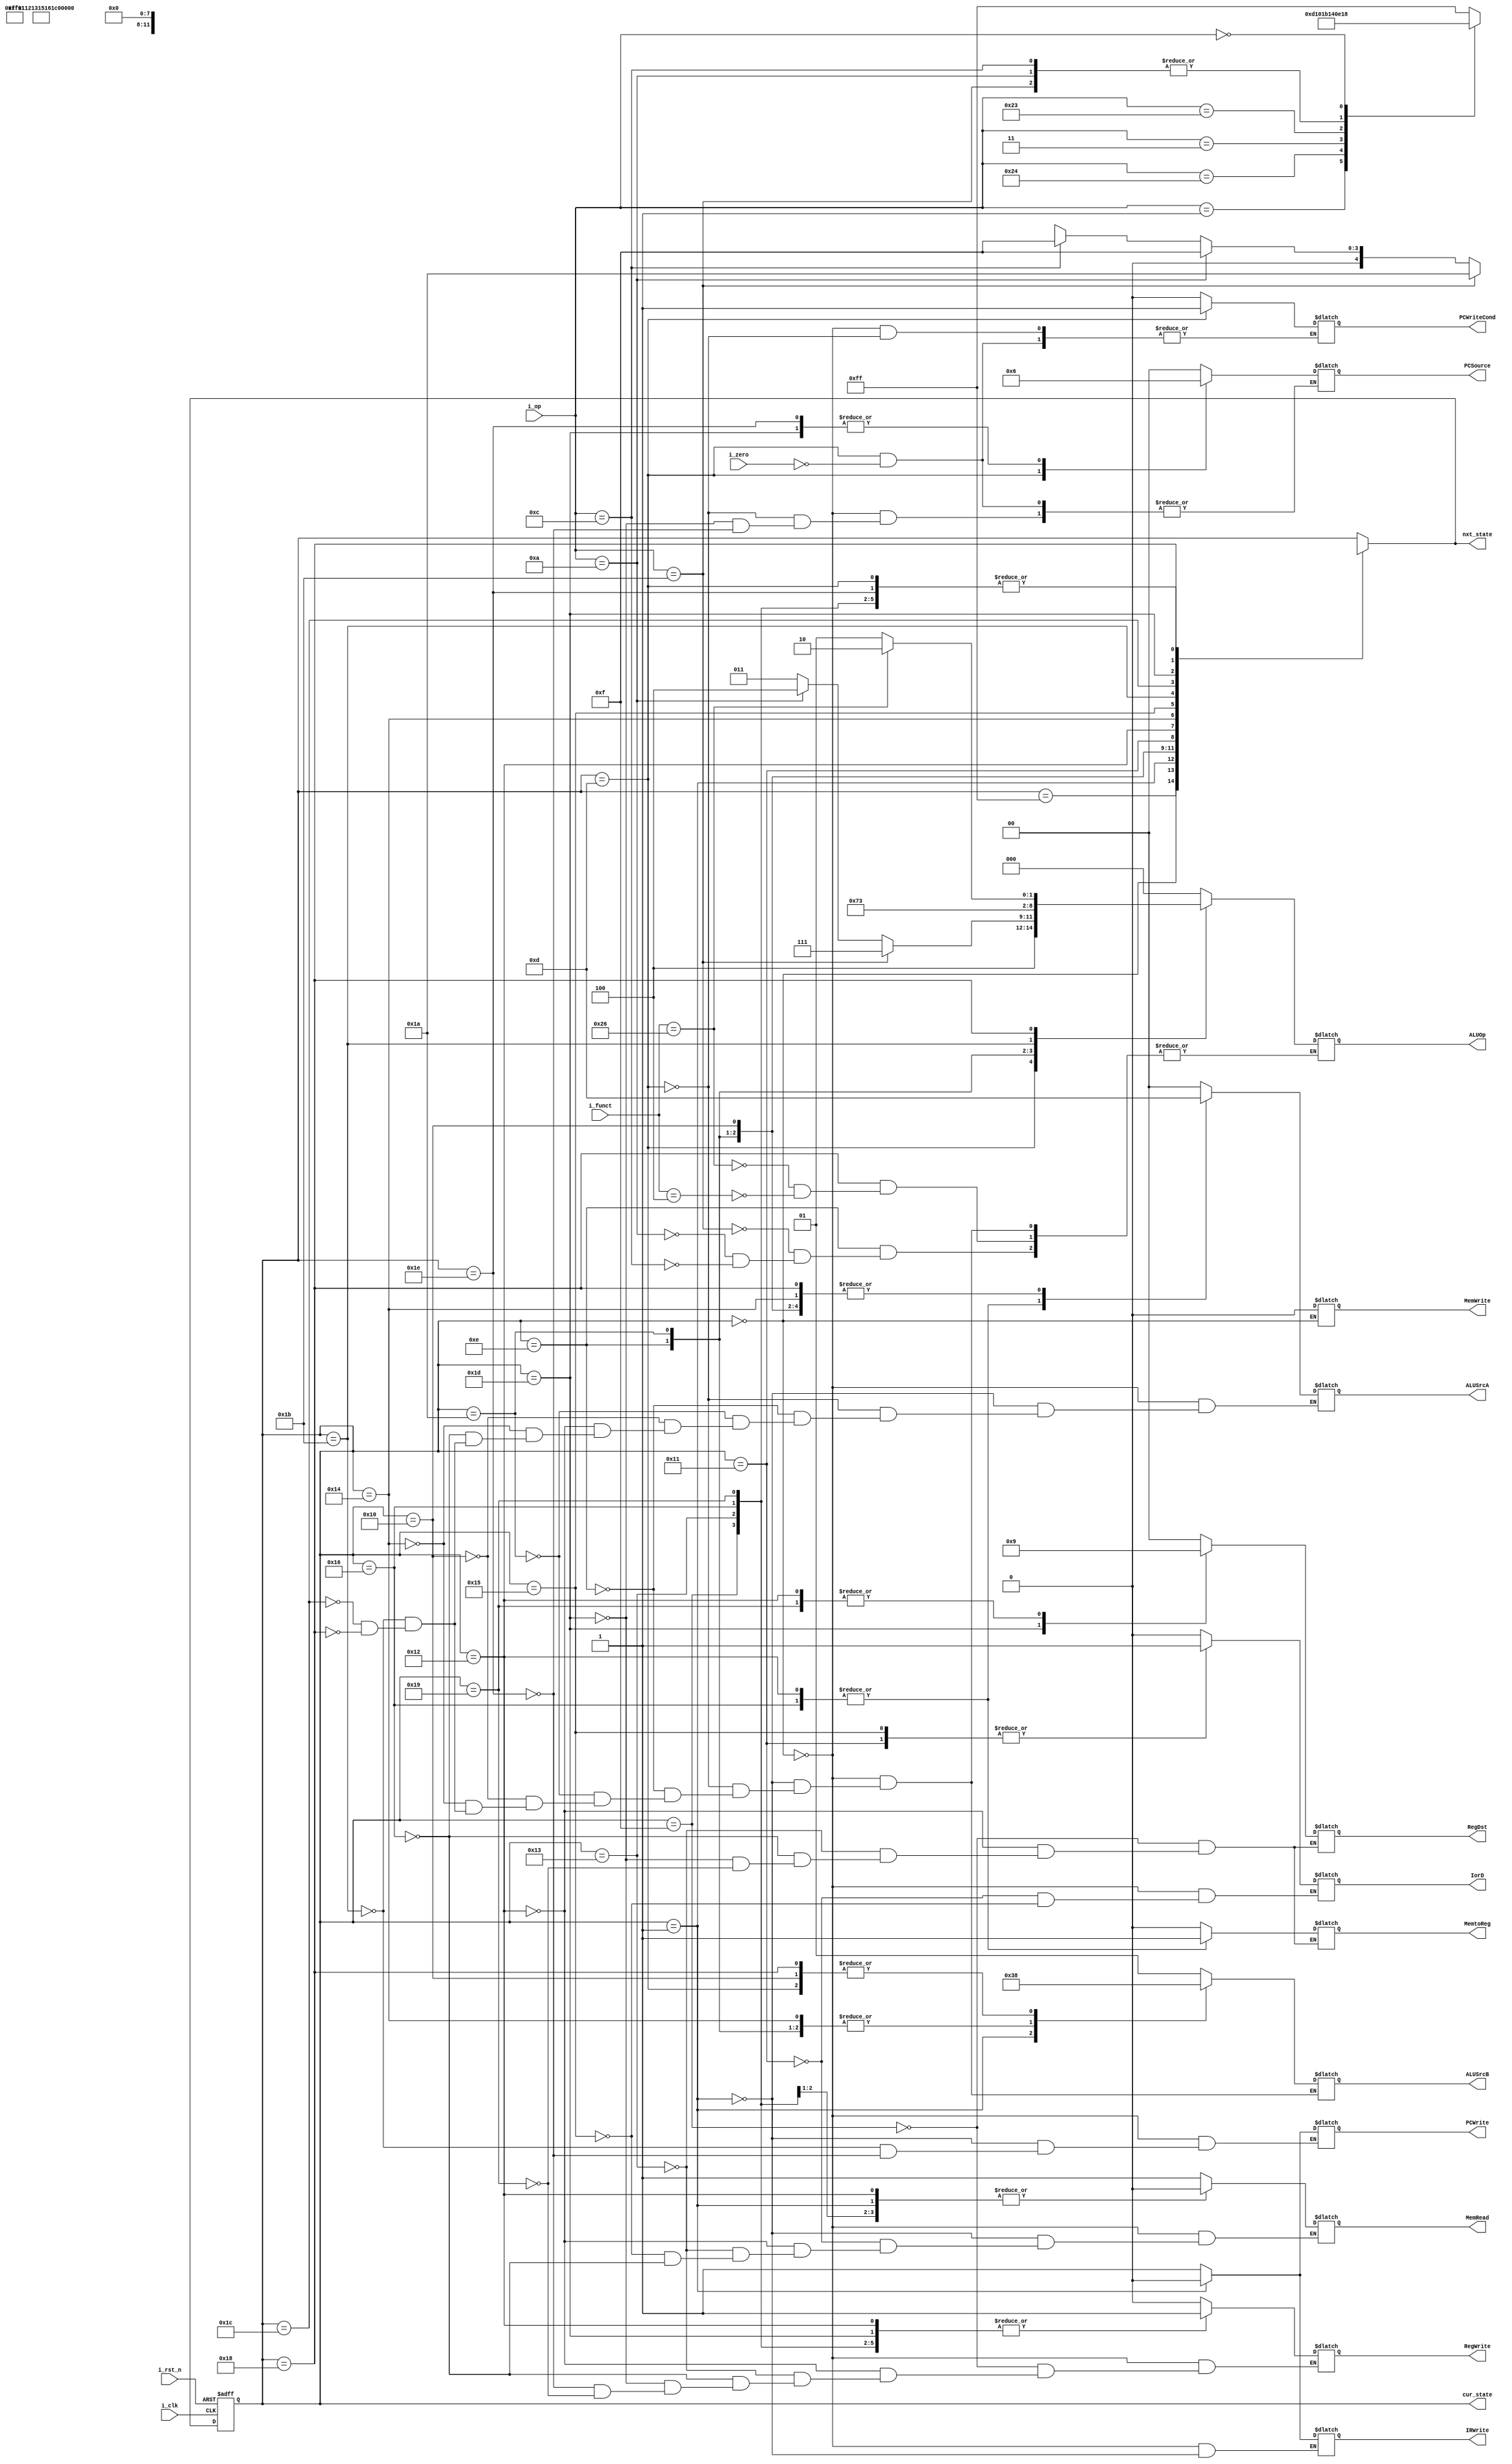
module MyFSM(i_clk, i_rst_n, i_op, i_funct, i_zero, PCWriteCond, PCWrite, IorD, MemRead, MemWrite, MemtoReg, IRWrite, PCSource, 
           ALUOp, ALUSrcB, ALUSrcA, RegWrite, RegDst, cur_state, nxt_state);
	
	input [5:0] i_op, i_funct;
	input i_clk, i_rst_n, i_zero;
	output reg IorD, MemtoReg, IRWrite, MemRead, MemWrite, PCWrite, PCWriteCond, RegWrite;
	output reg[1:0]  PCSource, ALUSrcA, ALUSrcB, RegDst;
	output reg[2:0] ALUOp;
	output [7:0] cur_state, nxt_state;
	reg [7:0] state, next;
	
	/////PARAMETER STATE/////
	parameter Fetch = 0;
	parameter Decode = 1;
	parameter UnDefined = 255;
	
	parameter Branch2 = 13;
	
	parameter I_type_EXEC = 14;
	parameter I_type_WB = 15;
	parameter I_type_DIV4_EXEC = 26;
	
	parameter Memory_Adr = 16;
	parameter Memory_Read =17;
	parameter Memory_WB =18;
	parameter Rt_WB = 19;
	
	parameter Memory_Adr2 = 20;
	parameter Memory_Read2 = 21;
	parameter Memory_WB2 = 22;
	
	parameter JUMP2 = 23;
	
	parameter R_type_EXEC = 24;
	parameter R_type_WB = 25;
	
	parameter Return_Addr = 27;
	parameter ReAdd_Addr = 28;
	parameter Store_Addr = 29;
	parameter Jump = 30; 
	
	//////PARAMETER COMMAND/////
	parameter BGE = 6'b0000001;
	parameter ANDI = 6'b001100;
	parameter LWAI = 6'b100100;
	parameter SLTI = 6'b001010;
	parameter JAL = 6'b000011;
	parameter DIV4 = 6'b011011;
	parameter SLLV_F = 6'b000100;
	parameter XOR_F = 6'b100110;
	parameter BLTZ = 6'b000001;
	parameter LW = 6'b100011;
	parameter RT = 6'b000000;
	
	///////STATE ASSIGN////////
	assign cur_state = state;
	assign nxt_state = next;
	
	always@(posedge i_clk or negedge i_rst_n)begin //sequencial logic
		if(!i_rst_n)
			state <= Fetch;
		else 
			state <= next;
	end
	
	always@(state, i_op, i_zero)begin  // state & output logic
		next <= 4'bx;  
		case(state)
			UnDefined : begin
			    next <= UnDefined;
			end
				 
			Fetch: begin IorD <= 0; 
							 ALUSrcA <= 0;
							 ALUSrcB <= 2'b01;
							 ALUOp <= 2'b00;
							 PCSource <= 0;
							 IRWrite <= 1;
							 PCWrite <= 1;
							 MemRead <= 1;
							 MemWrite <= 0;
							 PCWriteCond <=0;
							 RegWrite <=0;
							 next <= Decode;
			end
			
			Decode: begin ALUSrcA <= 0;
							  ALUSrcB <= 2'b11;
							  ALUOp <= 2'b00;
							  MemRead <= 0;
							  IRWrite <= 0;
							  PCWrite <= 0;
							  case(i_op)
							  BGE : next <= Branch2; 		//bge
							  ANDI : next <= I_type_EXEC; //andi
							  LWAI : next <= Memory_Adr; 	//lwai
							  SLTI : next <= I_type_EXEC; //slti
							  JAL : next <= Return_Addr;	//jal
							  LW : next <= Memory_Adr2;	//lw
							  DIV4 : next <= I_type_EXEC;	//div4
							  RT : next <= R_type_EXEC;	//sllv, xor
							  BLTZ : next <= Branch2;		//bltz
							  default next <= UnDefined;	//undefined
							  endcase
			end
			
			//BEG instruction
			Branch2: begin 
					ALUSrcA <= 2'b01; // $rs
					ALUSrcB <= 2'b00; // $rt
					ALUOp <= 3'b100; ///slti
					if(i_zero == 1)begin
						PCSource <= 2'b01;
						PCWriteCond <= 1;
					end
					next <= Fetch;
			end
			
			//ANDI or SLTI instruction
			I_type_EXEC: begin	
					ALUSrcA <= 2'b01; //read data1
					ALUSrcB <= 2'b10; //imm 16
					
					if(i_op == ANDI) begin
						ALUOp <= 3'b011; //andi
						next <= I_type_WB;
					end
					
					if(i_op == SLTI) begin
						ALUOp <= 3'b100; //slti
						next <= I_type_WB;
					end
					
					if(i_op == DIV4) begin
						ALUOp <= 3'b111;	//div2
						next <= I_type_DIV4_EXEC;
					end
			end
			
			//I-type instruction "DIV4" ( <<1 ) 1 more 
			I_type_DIV4_EXEC: begin
					ALUSrcA <= 2'b01; //read data1
					ALUSrcB <= 2'b10; //imm 16
					ALUOp <= 3'b111;	//div2
					next <= I_type_WB;
					end					
			
			//I-type instruction wirte back state
			I_type_WB: begin
					RegDst <= 2'b00; //rt
					RegWrite <= 1'b1; //register write enable
					MemtoReg <= 1'b0;
					next <= Fetch;
			end
			
			//LWAI instruction
			Memory_Adr: begin
					ALUSrcA <= 2'b01; //rs
					ALUSrcB <= 2'b00; //rt
					ALUOp <= 3'b000; //add
					next <= Memory_Read;
			end
			
			Memory_Read: begin
					IorD <= 1;
					MemRead <= 1; //memory read
					next <= Memory_WB;
			end
			
			Memory_WB: begin
				RegDst <= 2'b01; //rd
				MemtoReg <= 1;
				RegWrite <= 1; //register write enable
				MemRead <= 0;
				ALUSrcA <= 2'b11; //+4
				next <= Rt_WB;
			end
			
			Rt_WB: begin
				RegDst <= 2'b00; //rt
				MemtoReg <= 0;
				RegWrite <= 1; //register write enable
				MemRead <= 0;
				next <= Fetch;
			end
			//LW instruction
			Memory_Adr2: begin
					ALUSrcA <= 2'b01; //rs
					ALUSrcB <= 2'b10; //immediate
					ALUOp <= 3'b000; //add
					next <= Memory_Read2;
			end
			
			Memory_Read2: begin
					IorD <= 1;
					MemRead <= 1; //memory read
					next <= Memory_WB2;
			end
			
			Memory_WB2: begin
				RegDst <= 2'b00; //rt
				MemtoReg <= 1;	
				RegWrite <= 1; //register write enable
				MemRead <= 0;
				ALUSrcA <= 2'b11; //+4
				next <= Fetch;
			end
			
			//JAL instruction
			Return_Addr: begin
					PCWrite<=1; // PCwrite
					ALUSrcA <= 0; // PC sel
					ALUSrcB <= 2'b01; // +4 sel
					ALUOp <= 3'b001; // SUB
					next <= ReAdd_Addr; // readd PC->PC+4 state
					end
					
				//readd PC->PC+4 state
			ReAdd_Addr: begin
					ALUSrcA <= 0; // PC sel
					ALUSrcB <= 2'b01; // +4 sel
					ALUOp <= 3'b000; // ADD
					next <= Store_Addr; // next is store PC+4
					end
					
				// storing PC+4 to return address state
			Store_Addr: begin
					MemtoReg<=1'b0; // ALUout sel
					RegDst<=2'b10; // return address sel
					RegWrite<=1'b1; // write in RF
					PCSource<=2'b10; // Jump address sel
					next <= Jump; // jump state
					end
					
				// jump state
			Jump: begin
					RegWrite<=1'b0; // off write enable
					PCWrite<=1'b1; // Jump PC address set
					PCSource<=2'b10;	// Jump address sel
					next <= Fetch;
					end
			
			//R-type instruction EXEC state
			R_type_EXEC: 	begin
					ALUSrcA <= 2'b01; //read data1
					ALUSrcB <= 2'b00; //Rt
					if(i_funct == SLLV_F) begin
						ALUOp <= 3'b101;
					end
					
					if(i_funct == XOR_F) begin
						ALUOp <= 3'b110;
					end
			end
								
			//R-type instruction wirte back state
			R_type_WB: begin
					RegDst <= 2'b01; //rd
					RegWrite <= 1'b1; //register write enable
					MemtoReg <= 1'b0;
					next <= Fetch;
			end
			
			default: next <= state;
		endcase
	end
endmodule